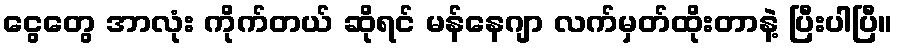
ငွေတွေ အာလုံး ကိုက်တယ် ဆိုရင် မန်နေဂျာ လက်မှတ်ထိုးတာနဲ့ ပြီးပါပြီ။